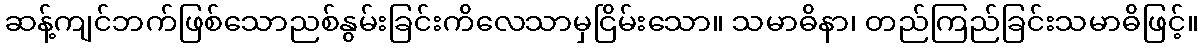
ဆန့်ကျင်ဘက်ဖြစ်သောညစ်နွမ်းခြင်းကိလေသာမှငြိမ်းသော။ သမာဓိနာ၊ တည်ကြည်ခြင်းသမာဓိဖြင့်။